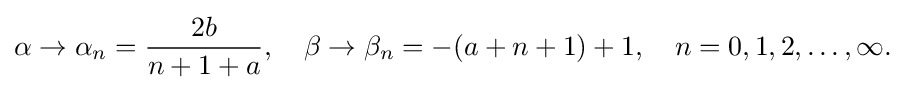
{\begin{aligned}\alpha \to \alpha _{n}={\frac {2b}{n+1+a}},\quad \beta \to \beta _{n}=-(a+n+1)+1,\quad n=0,1,2,\ldots ,\infty .\end{aligned}}